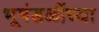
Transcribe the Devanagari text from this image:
भूमंडळींच्या